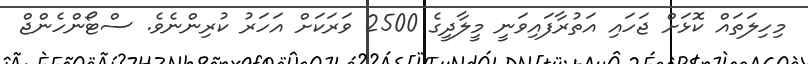
މިހިލަތައް ކޮޅަށް ޖަހައި އަތުރާފައިވަނީ މީލާދީގެ 2500 ވަރަކަށް އަހަރު ކުރިންނެވެ. ސްޓޯންހެންޖް